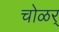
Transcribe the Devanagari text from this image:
चोळर्